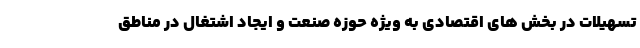
تسهیلات در بخش های اقتصادی به ویژه حوزه صنعت و ایجاد اشتغال در مناطق